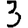
Digit: 3